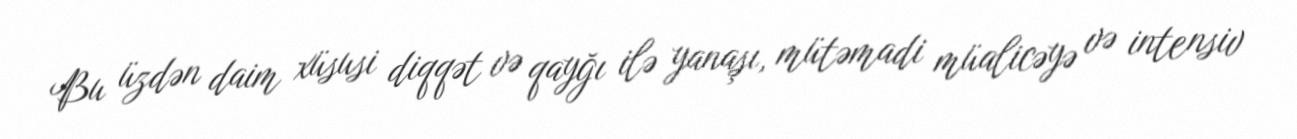
Bu üzdən daim xüsusi diqqət və qayğı ilə yanaşı, mütəmadi müalicəyə və intensiv